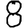
Digit: 8